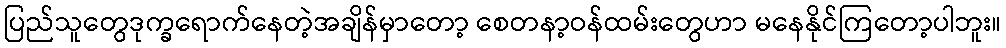
ပြည်သူတွေဒုက္ခရောက်နေတဲ့အချိန်မှာတော့ စေတနာ့ဝန်ထမ်းတွေဟာ မနေနိုင်ကြတော့ပါဘူး။